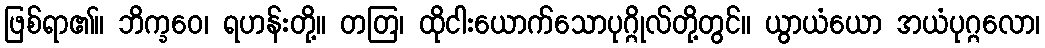
ဖြစ်ရာ၏။ ဘိက္ခဝေ၊ ရဟန်းတို့။ တတြ၊ ထိုငါးယောက်သောပုဂ္ဂိုလ်တို့တွင်။ ယွာယံယော အယံပုဂ္ဂလော၊